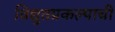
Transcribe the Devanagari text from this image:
विद्युतप्रकल्पाची